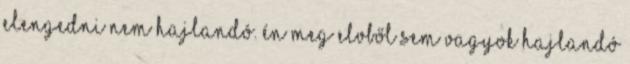
elengedni nem hajlandó. Én meg elvből sem vagyok hajlandó